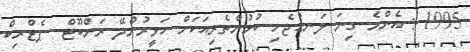
1995 : އެންމެ ގިނަ ލަނޑުޖެހި ކުޅުންތެރިއަކަށް ހަވީރުންދޭ ރަންބޫޓް  ޕެޓްރިކް